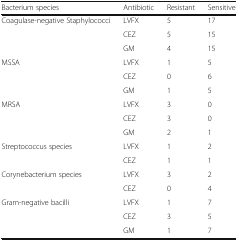
<table><thead><tr><td><b>Bacterium species</b></td><td><b>Antibiotic</b></td><td><b>Resistant</b></td><td><b>Sensitive</b></td></tr></thead><tbody><tr><td rowspan="3">Coagulase-negative Staphylococci</td><td>LVFX</td><td>5</td><td>17</td></tr><tr><td>CEZ</td><td>5</td><td>15</td></tr><tr><td>GM</td><td>4</td><td>15</td></tr><tr><td rowspan="3">MSSA</td><td>LVFX</td><td>1</td><td>5</td></tr><tr><td>CEZ</td><td>0</td><td>6</td></tr><tr><td>GM</td><td>1</td><td>5</td></tr><tr><td rowspan="3">MRSA</td><td>LVFX</td><td>3</td><td>0</td></tr><tr><td>CEZ</td><td>3</td><td>0</td></tr><tr><td>GM</td><td>2</td><td>1</td></tr><tr><td rowspan="2">Streptococcus species</td><td>LVFX</td><td>1</td><td>2</td></tr><tr><td>CEZ</td><td>1</td><td>1</td></tr><tr><td rowspan="2">Corynebacterium species</td><td>LVFX</td><td>3</td><td>2</td></tr><tr><td>CEZ</td><td>0</td><td>4</td></tr><tr><td rowspan="3">Gram-negative bacilli</td><td>LVFX</td><td>1</td><td>7</td></tr><tr><td>CEZ</td><td>3</td><td>5</td></tr><tr><td>GM</td><td>1</td><td>7</td></tr></tbody></table>